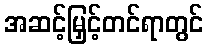
အဆင့်မြှင့်တင်ရာတွင်